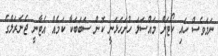
ނަމަވެސް ހައި ކޯޓަށް މައްސަލަ ހުށަހަޅަނީ ކޮން ސަބަބަކާ ކަމެއް އެޓާނީ ޖެނެރަލްގެ